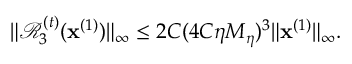
\| \mathcal { R } _ { 3 } ^ { ( t ) } ( \mathbf { x } ^ { ( 1 ) } ) \| _ { \infty } \leq 2 C ( 4 C \eta M _ { \eta } ) ^ { 3 } \| \mathbf { x } ^ { ( 1 ) } \| _ { \infty } .